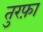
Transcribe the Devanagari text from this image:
तुरफ़ा